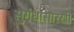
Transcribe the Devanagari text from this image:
सुगंधासारखी